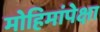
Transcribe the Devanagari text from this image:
मोहिमांपेक्षा